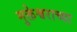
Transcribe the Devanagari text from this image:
मुक्तेश्वराच्या